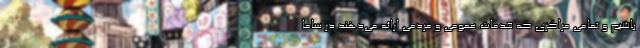
باشیم و تمامی مراکزی که خدمات عمومی و مردمی ارائه می‌دهند در ساما